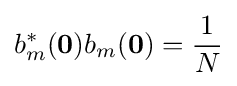
b_{m}^{*}(\mathbf {0} )b_{m}(\mathbf {0} )={\frac {1}{N}}